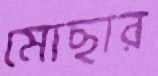
মোছার